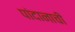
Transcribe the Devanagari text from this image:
पांदानाची